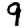
Digit: 9